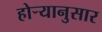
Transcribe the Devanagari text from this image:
होर्‍यानुसार